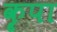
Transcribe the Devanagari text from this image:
कॄपा